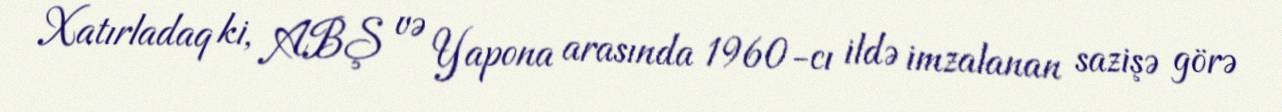
Xatırladaq ki, ABŞ və Yapona arasında 1960-cı ildə imzalanan sazişə görə